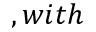
, w i t h